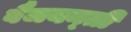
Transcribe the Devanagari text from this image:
वैजयन्‍ती